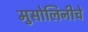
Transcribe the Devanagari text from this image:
मुसोलिनीचे